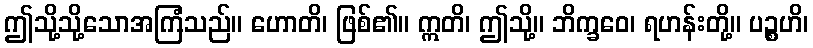
ဤသို့သို့သောအကြံသည်။ ဟောတိ၊ ဖြစ်၏။ ဣတိ၊ ဤသို့။ ဘိက္ခဝေ၊ ရဟန်းတို့။ ပဉ္စဟိ၊